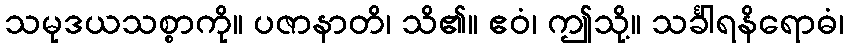
သမုဒယသစ္စာကို။ ပဇာနာတိ၊ သိ၏။ ဧဝံ၊ ဤသို့။ သင်္ခါရနိရောဓံ၊